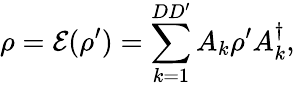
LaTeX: \rho=\mathcal{E}(\rho^{\prime})=\sum_{k=1}^{DD^{\prime}}A_{k}\rho^{\prime}A_{k}^{\dagger},